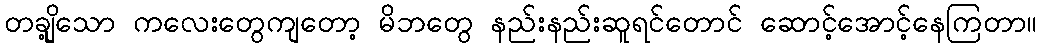
တချို့သော ကလေးတွေကျတော့ မိဘတွေ နည်းနည်းဆူရင်တောင် ဆောင့်အောင့်နေကြတာ။